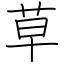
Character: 草